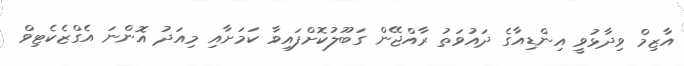
އާޒިމް ވިދާޅުވީ އިންޑިއާގެ ދައުވަތު ރާއްޖޭން ގަބޫލުކޮށްފައިވާ ކަމަށާއި މިއަދު އޮންނަ އެގްޒެކެޓިވް